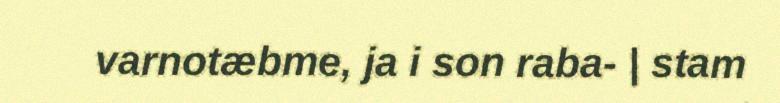
varnotæbme, ja i son raba- | stam